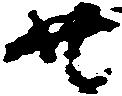
共